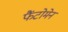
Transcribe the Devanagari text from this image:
फैंटोमेन